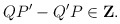
\begin{align*}QP^{\prime}-Q^{\prime}P\in{\bf Z}.\end{align*}